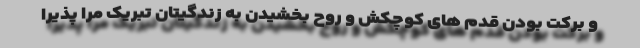
و برکت بودن قدم های کوچکش و روح بخشیدن به زندگیتان تبریک مرا پذیرا